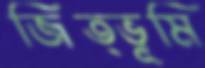
জিত্ভূমি